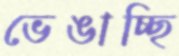
ভেঙাচ্ছি